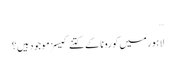
…
لاہور میں کورونا کے کتنے کیسز موجود ہیں؟